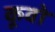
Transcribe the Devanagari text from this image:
कूवो